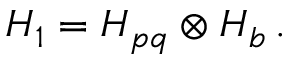
\boldsymbol { H } _ { 1 } = \boldsymbol { H } _ { p q } \otimes \boldsymbol { H } _ { b } \, .